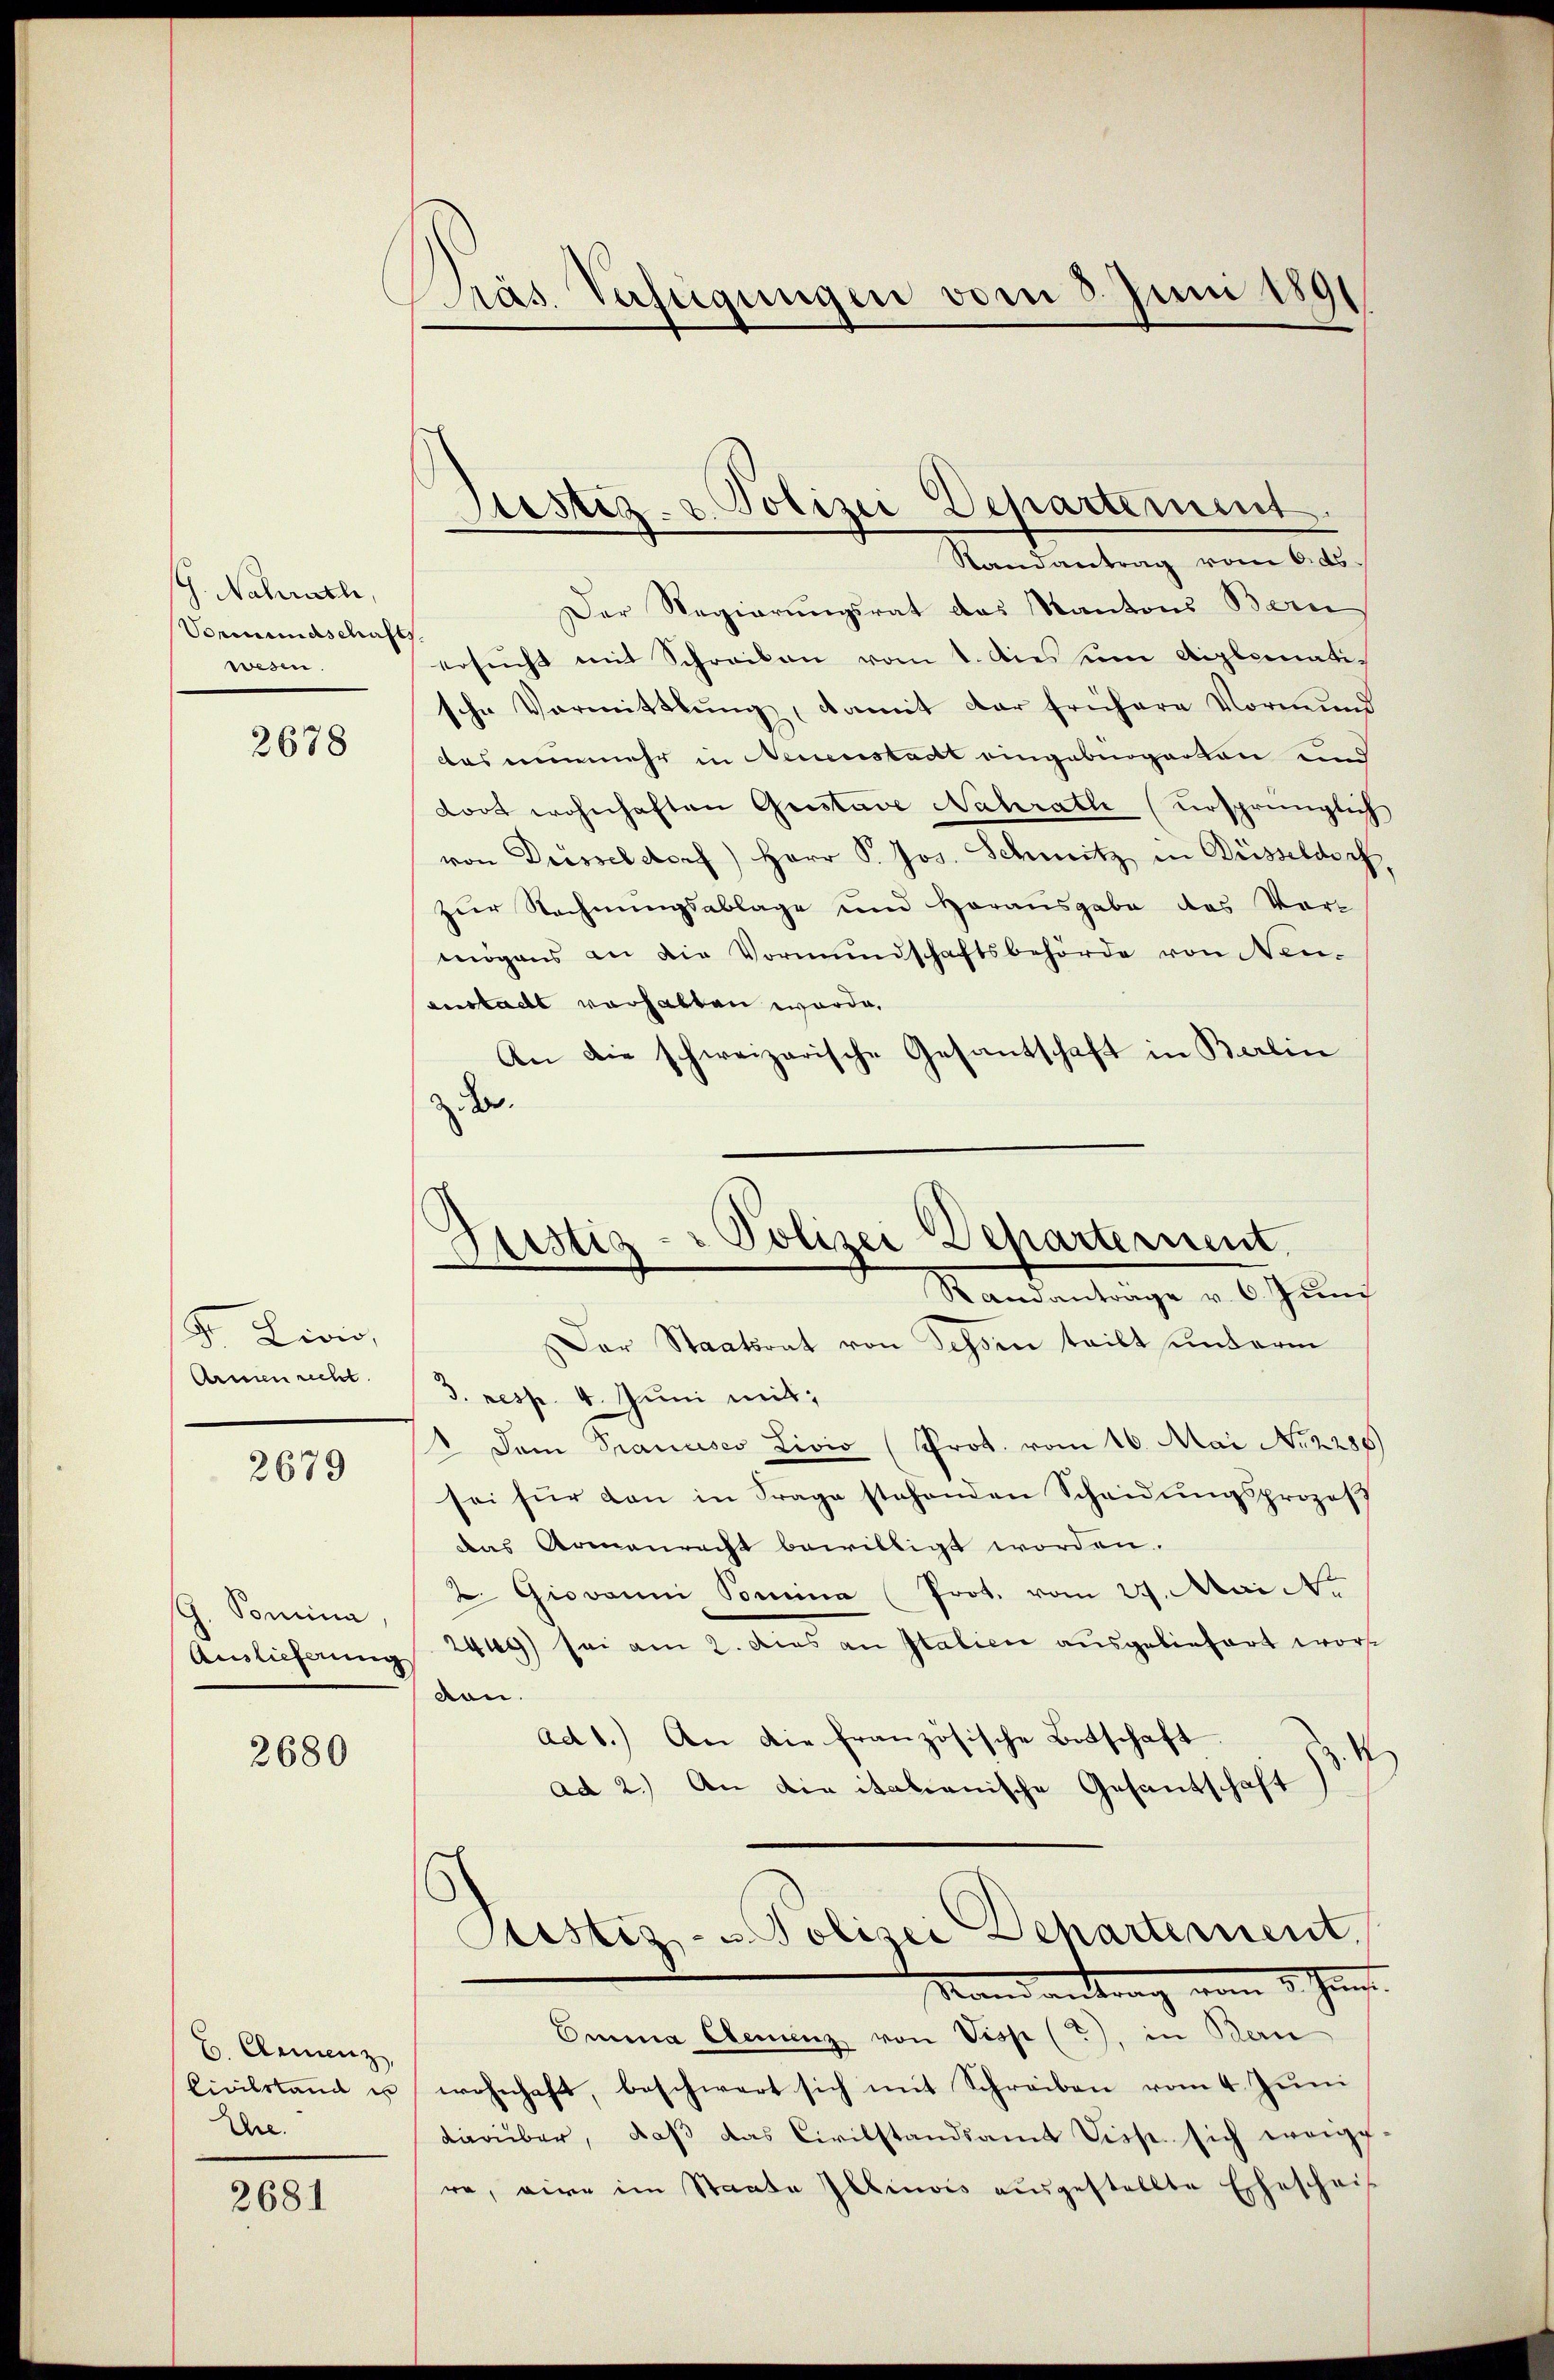
G. Nachrich,
Vormundschaft
wesen.

2678

F. Zivi
Armen recht.

2679

G. Somina,
Auslieferung

2680

E. Clemenz
Civilstand un
Ure.

2681

Präs. Verfügungen vom 5. Juni 1891

Justiz- & Polizei Departement
Randantrag vom Ods.

Der Regierungsrat das Kantons Bern
ersŭcht mit Schreiben vom 1. dies um diplomatis
sche Vormittlung, damit der frühere Vormund
das nunmehr in Neuenstadt eingebingerten und
dort wohnhaften Gustave Nahrath (ursprünglich
von Dresseldorf) Herr P. Jos. Schmitz in Büsseldoch,
zur Rechnungsablage und Horausgabe das Vormögens an die Vormundschaftsbehörde von Neu-
eustadt vorhalten worde,
An die schweizerische Gesantschaft in Berein
z. der

Der Staatsrat von Tessin teilt unterm
d. resp. 4. Juni mit:
 Dem Prancisco Livio (Prot. vom 16. Mai No 2286)
sei für dan in Frage stehenden Scheidŭngsprozeβ
das Armenrecht bewilligt worden.
2. Giovanni Pomina (Prot. vom 27. Mai Ar
2449) sei am 2. dies an Italien ausgeliefert worden.
ad 1.) An die französische Botschaft.
ad 2.) An die italianische Gesantschaft
Justiz- u Polizei Departement.
Stand antrag vom 1. Juni.
Emma Clemenz von Visp (?), in Bern
wohnhaft, beschwert sich mit Schreiben vom 4. Juni
darüber, daβ das Civilstandsamt Visst sich weige-
re, wir im Staate Illinois ausgestellte Eheschrif

d
Justiz - Polizei-Departernent.
Randantrage v. 6. Juni